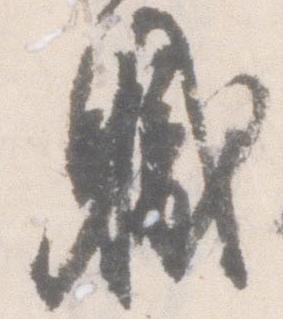
職